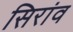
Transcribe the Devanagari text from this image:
सिरांव